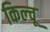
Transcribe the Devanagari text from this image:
किल्चू